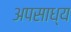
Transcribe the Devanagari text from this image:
अपसाध्य